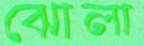
ঝোলা